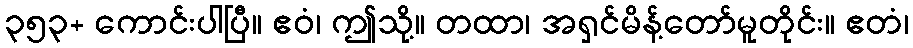
၃၅၃+ ကောင်းပါပြီ။ ဧဝံ၊ ဤသို့။ တထာ၊ အရှင်မိန့်တော်မူတိုင်း။ ဧတံ၊